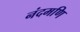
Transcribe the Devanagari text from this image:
नंदमणि